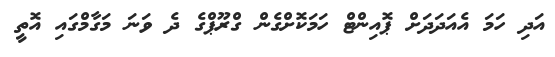
އަދި ހަމަ އެއަދަދަށް ޕޮއިންޓް ހަމަކޮށްގެން ގްރޫޕްގެ ދެ ވަނަ މަގާމްގައި އޮތީ